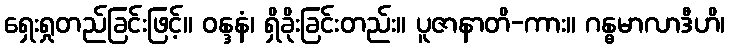
ရှေးရှုတည်ခြင်းဖြင့်။ ဝန္ဒနံ၊ ရှိခိုးခြင်းတည်း။ ပူဇာနာတိ-ကား။ ဂန္ဓမာလာဒီဟိ၊